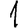
Digit: 1